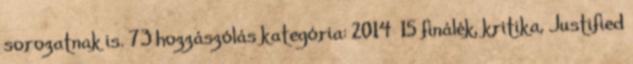
sorozatnak is. 73 hozzászólás kategória: 2014 15 finálék, kritika, Justified